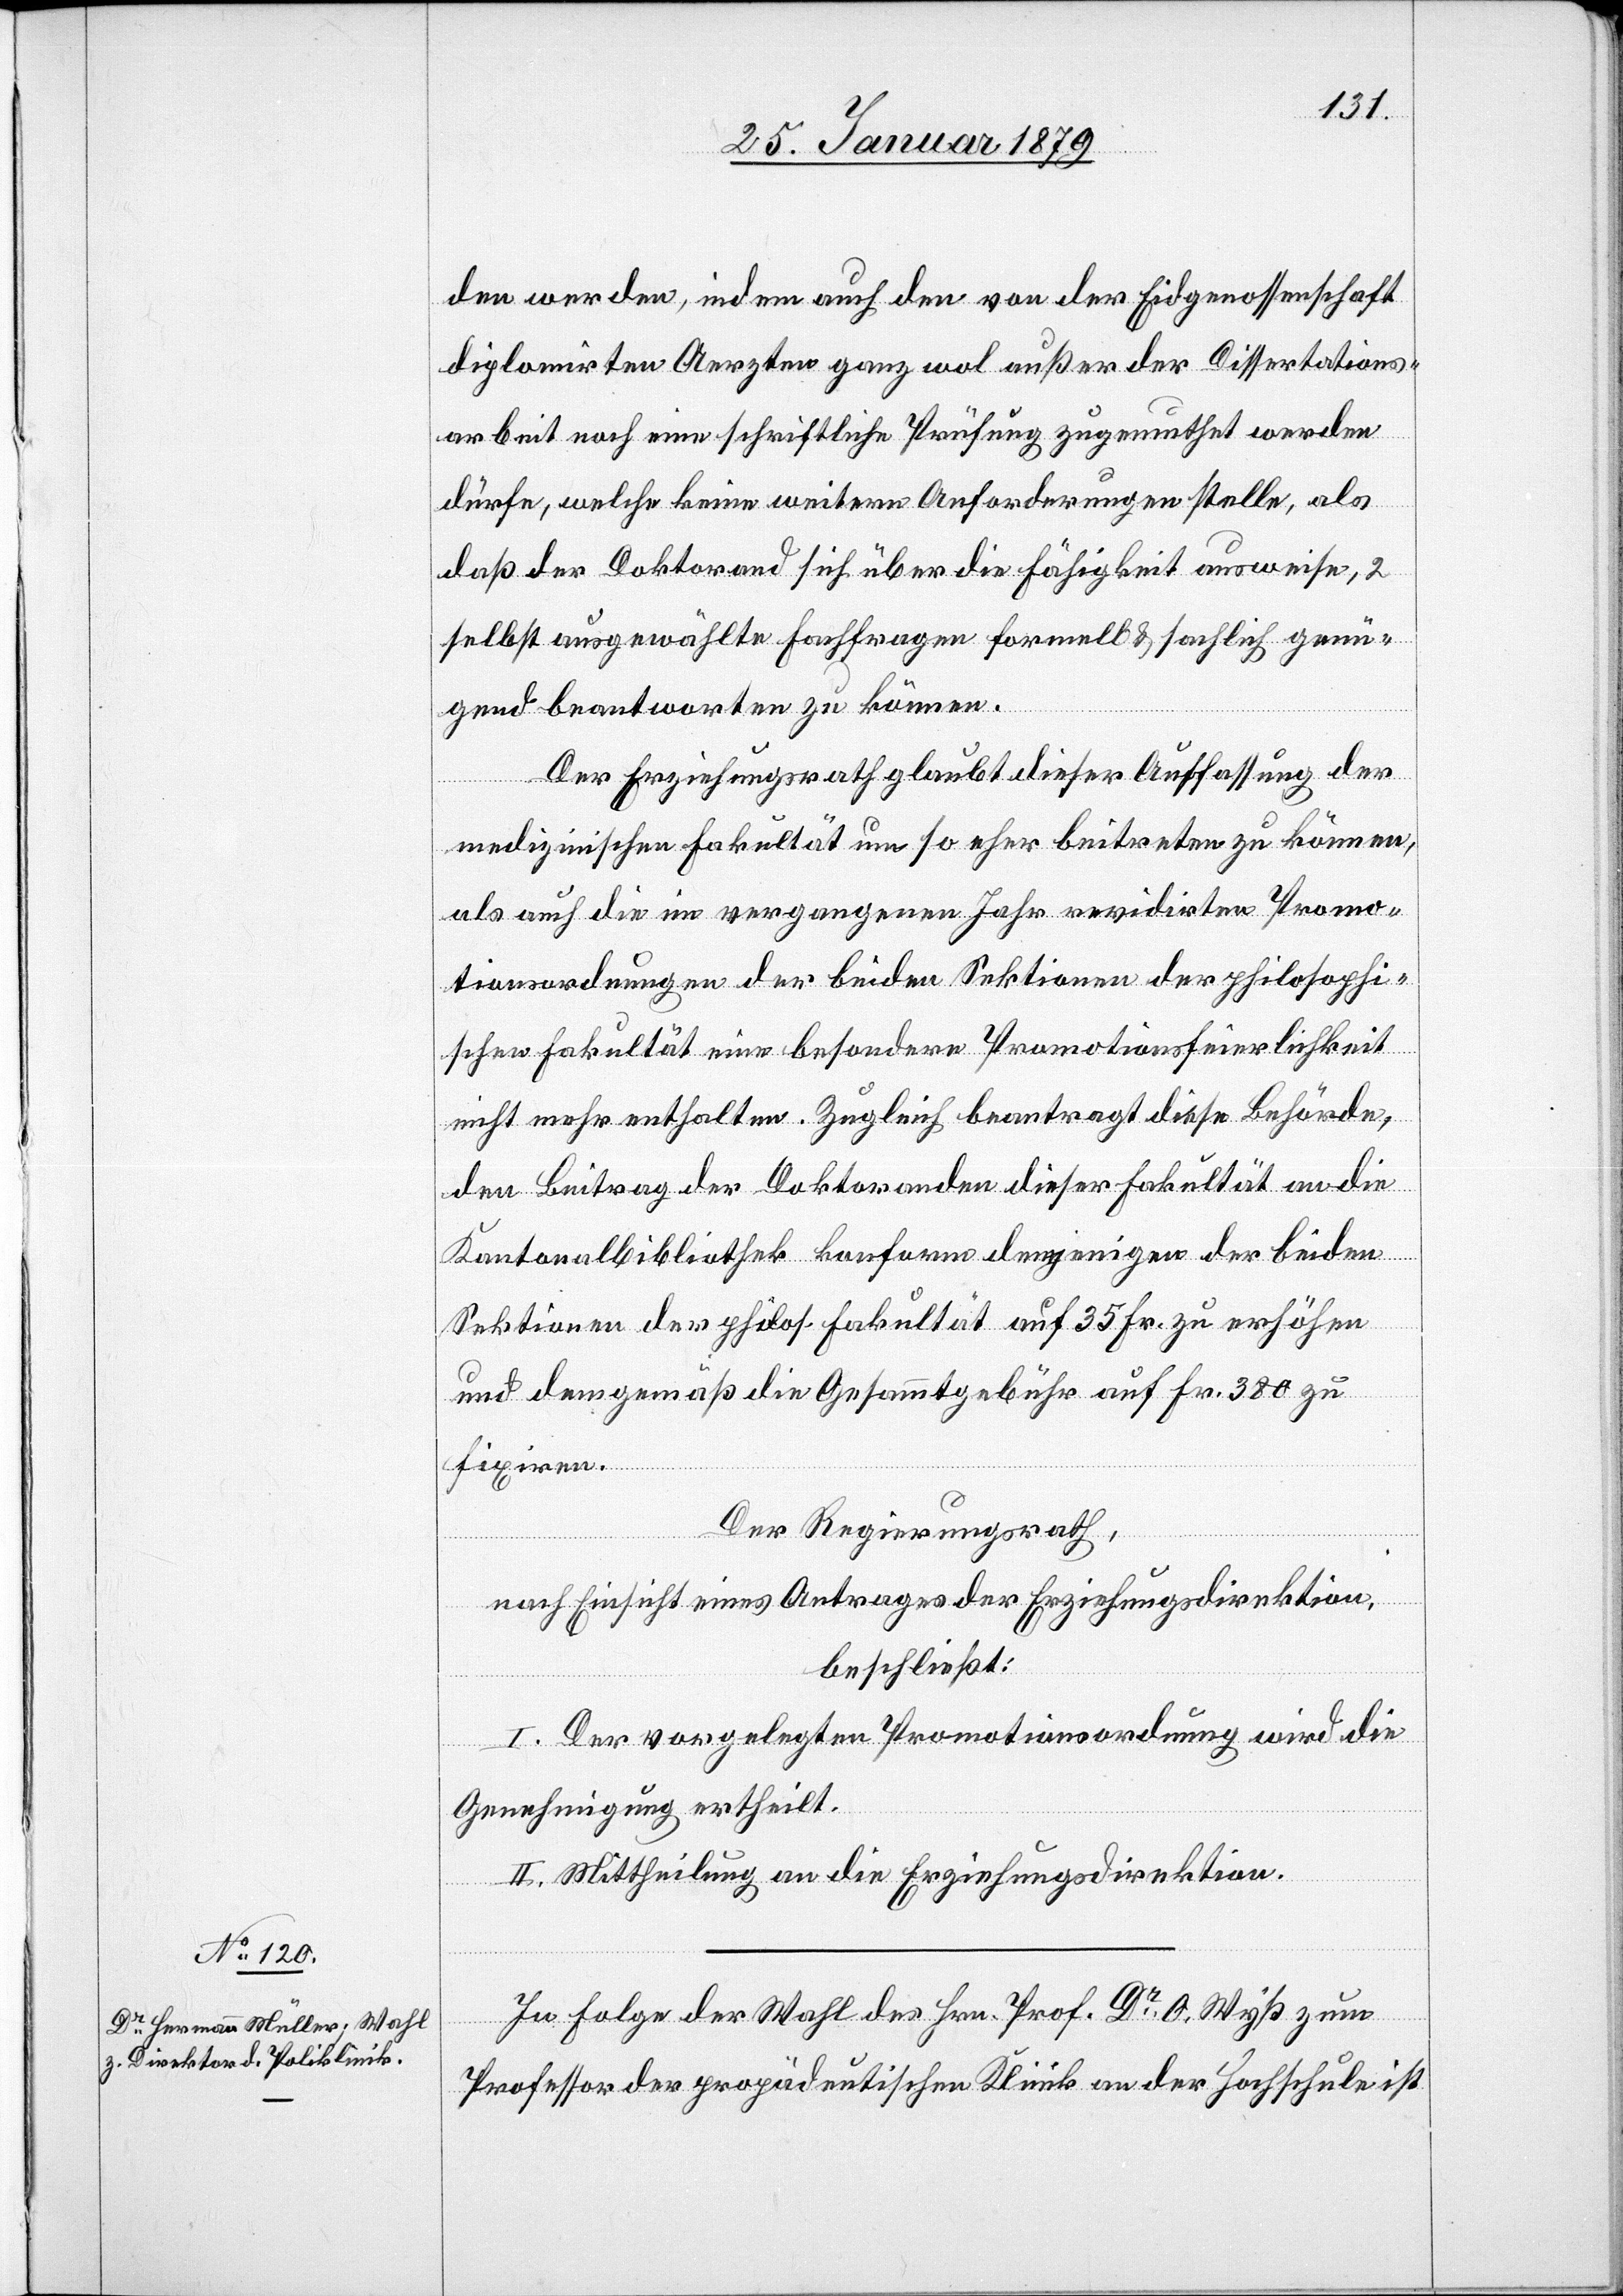
den werden, indem auch den von der Eidgenossenschaft
diplomirten Aerzten ganz wol außer der Dissertations¬
arbeit noch eine schriftliche Prüfung zugemuthet werden
dürfe, welche keine weiteren Anforderungen stelle, als
daß der Doktorand sich über die Fähigkeit ausweise, 2
selbst ausgewählte Fachfragen formell & sachlich genü¬
gend beantworten zu können.
Der Erziehungsrath glaubt dieser Auffassung der
medizinischen Fakultät um so eher beitreten zu können,
als auch die im vergangenen Jahr revidirten Promo¬
tionsordnungen der beiden Sektionen der philosophi¬
schen Fakultät eine besondere Promotionsfeierlichkeit
nicht mehr enthalten. Zugleich beantragt diese Behörde,
den Beitrag der Doktoranden dieser Fakultät an die
Kantonalbibliothek konform denjenigen der beiden
Sektionen der philos. Fakultät auf 35 Fr. zu erhöhen
und demgemäß die Gesammtgebühr auf Fr. 380 zu
fixiren.
Der Regierungsrath,
nach Einsicht eines Antrages der Erziehungsdirektion,
beschließt:
I. Der vorgelegten Promotionsordnung wird die
Genehmigung ertheilt.
II. Mittheilung an die Erziehungsdirektion.
In Folge der Wahl des Hrn. Prof. Dr. O. Wyß zum
Professor der propädeutischen Klinik an der Hochschule ist